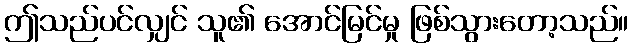
ဤသည်ပင်လျှင် သူ၏ အောင်မြင်မှု ဖြစ်သွားတော့သည်။